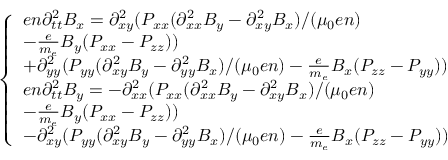
\begin{array} { r } { \left\{ \begin{array} { l l } { e n \partial _ { t t } ^ { 2 } B _ { x } = \partial _ { x y } ^ { 2 } ( P _ { x x } ( \partial _ { x x } ^ { 2 } B _ { y } - \partial _ { x y } ^ { 2 } B _ { x } ) / ( \mu _ { 0 } e n ) } \\ { - \frac { e } { m _ { e } } B _ { y } ( P _ { x x } - P _ { z z } ) ) } \\ { + \partial _ { y y } ^ { 2 } ( P _ { y y } ( \partial _ { x y } ^ { 2 } B _ { y } - \partial _ { y y } ^ { 2 } B _ { x } ) / ( \mu _ { 0 } e n ) - \frac { e } { m _ { e } } B _ { x } ( P _ { z z } - P _ { y y } ) ) } \\ { e n \partial _ { t t } ^ { 2 } B _ { y } = - \partial _ { x x } ^ { 2 } ( P _ { x x } ( \partial _ { x x } ^ { 2 } B _ { y } - \partial _ { x y } ^ { 2 } B _ { x } ) / ( \mu _ { 0 } e n ) } \\ { - \frac { e } { m _ { e } } B _ { y } ( P _ { x x } - P _ { z z } ) ) } \\ { - \partial _ { x y } ^ { 2 } ( P _ { y y } ( \partial _ { x y } ^ { 2 } B _ { y } - \partial _ { y y } ^ { 2 } B _ { x } ) / ( \mu _ { 0 } e n ) - \frac { e } { m _ { e } } B _ { x } ( P _ { z z } - P _ { y y } ) ) } \end{array} \right. } \end{array}